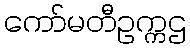
ကော်မတီဥက္ကဌ